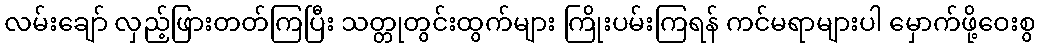
လမ်းချော် လှည့်ဖြားတတ်ကြပြီး သတ္တုတွင်းထွက်များ ကြိုးပမ်းကြရန် ကင်မရာများပါ မှောက်ဖို့ဝေးစွ